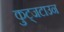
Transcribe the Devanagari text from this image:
कुट्जटाउन